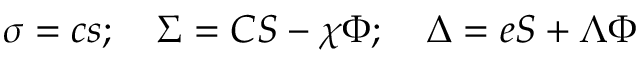
\begin{array} { r } { \boldsymbol { \sigma } = \boldsymbol { c } \boldsymbol { s } ; \quad \boldsymbol { \Sigma } = \boldsymbol { C } \boldsymbol { S } - \boldsymbol { \chi } \boldsymbol { \Phi } ; \quad \boldsymbol { \Delta } = \boldsymbol { e S } + \boldsymbol { \Lambda } \boldsymbol { \Phi } } \end{array}